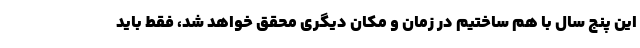
این پنج سال با هم ساختیم در زمان و مکان دیگری محقق خواهد شد، فقط باید